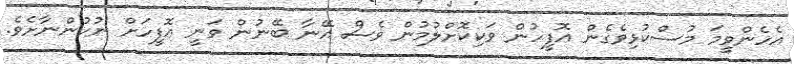
އެހެންވީމަ މުސްކުޅިވެގެން އޮފީހުން ވަކިކޮށްލުމުން ވެސް އޭނާ ބޭނުން ވަނީ އޮފީހަށް ނުކުންނާށެވެ.